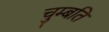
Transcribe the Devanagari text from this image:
चुम्बति